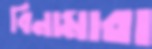
বিনামারা